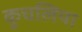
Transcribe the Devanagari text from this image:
कुचलिया